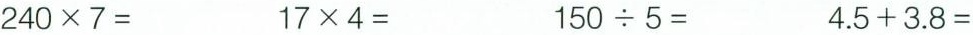
$$2 4 0 \times 7 =$$ $$1 7 \times 4 =$$ $$1 5 0 \div 5 =$$ $$4 . 5 +3 . 8 =$$